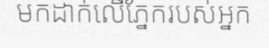
មកដាក់លើភ្នែករបស់អ្នក